Tartu_pedagoogiumi_aruanded, lk 22
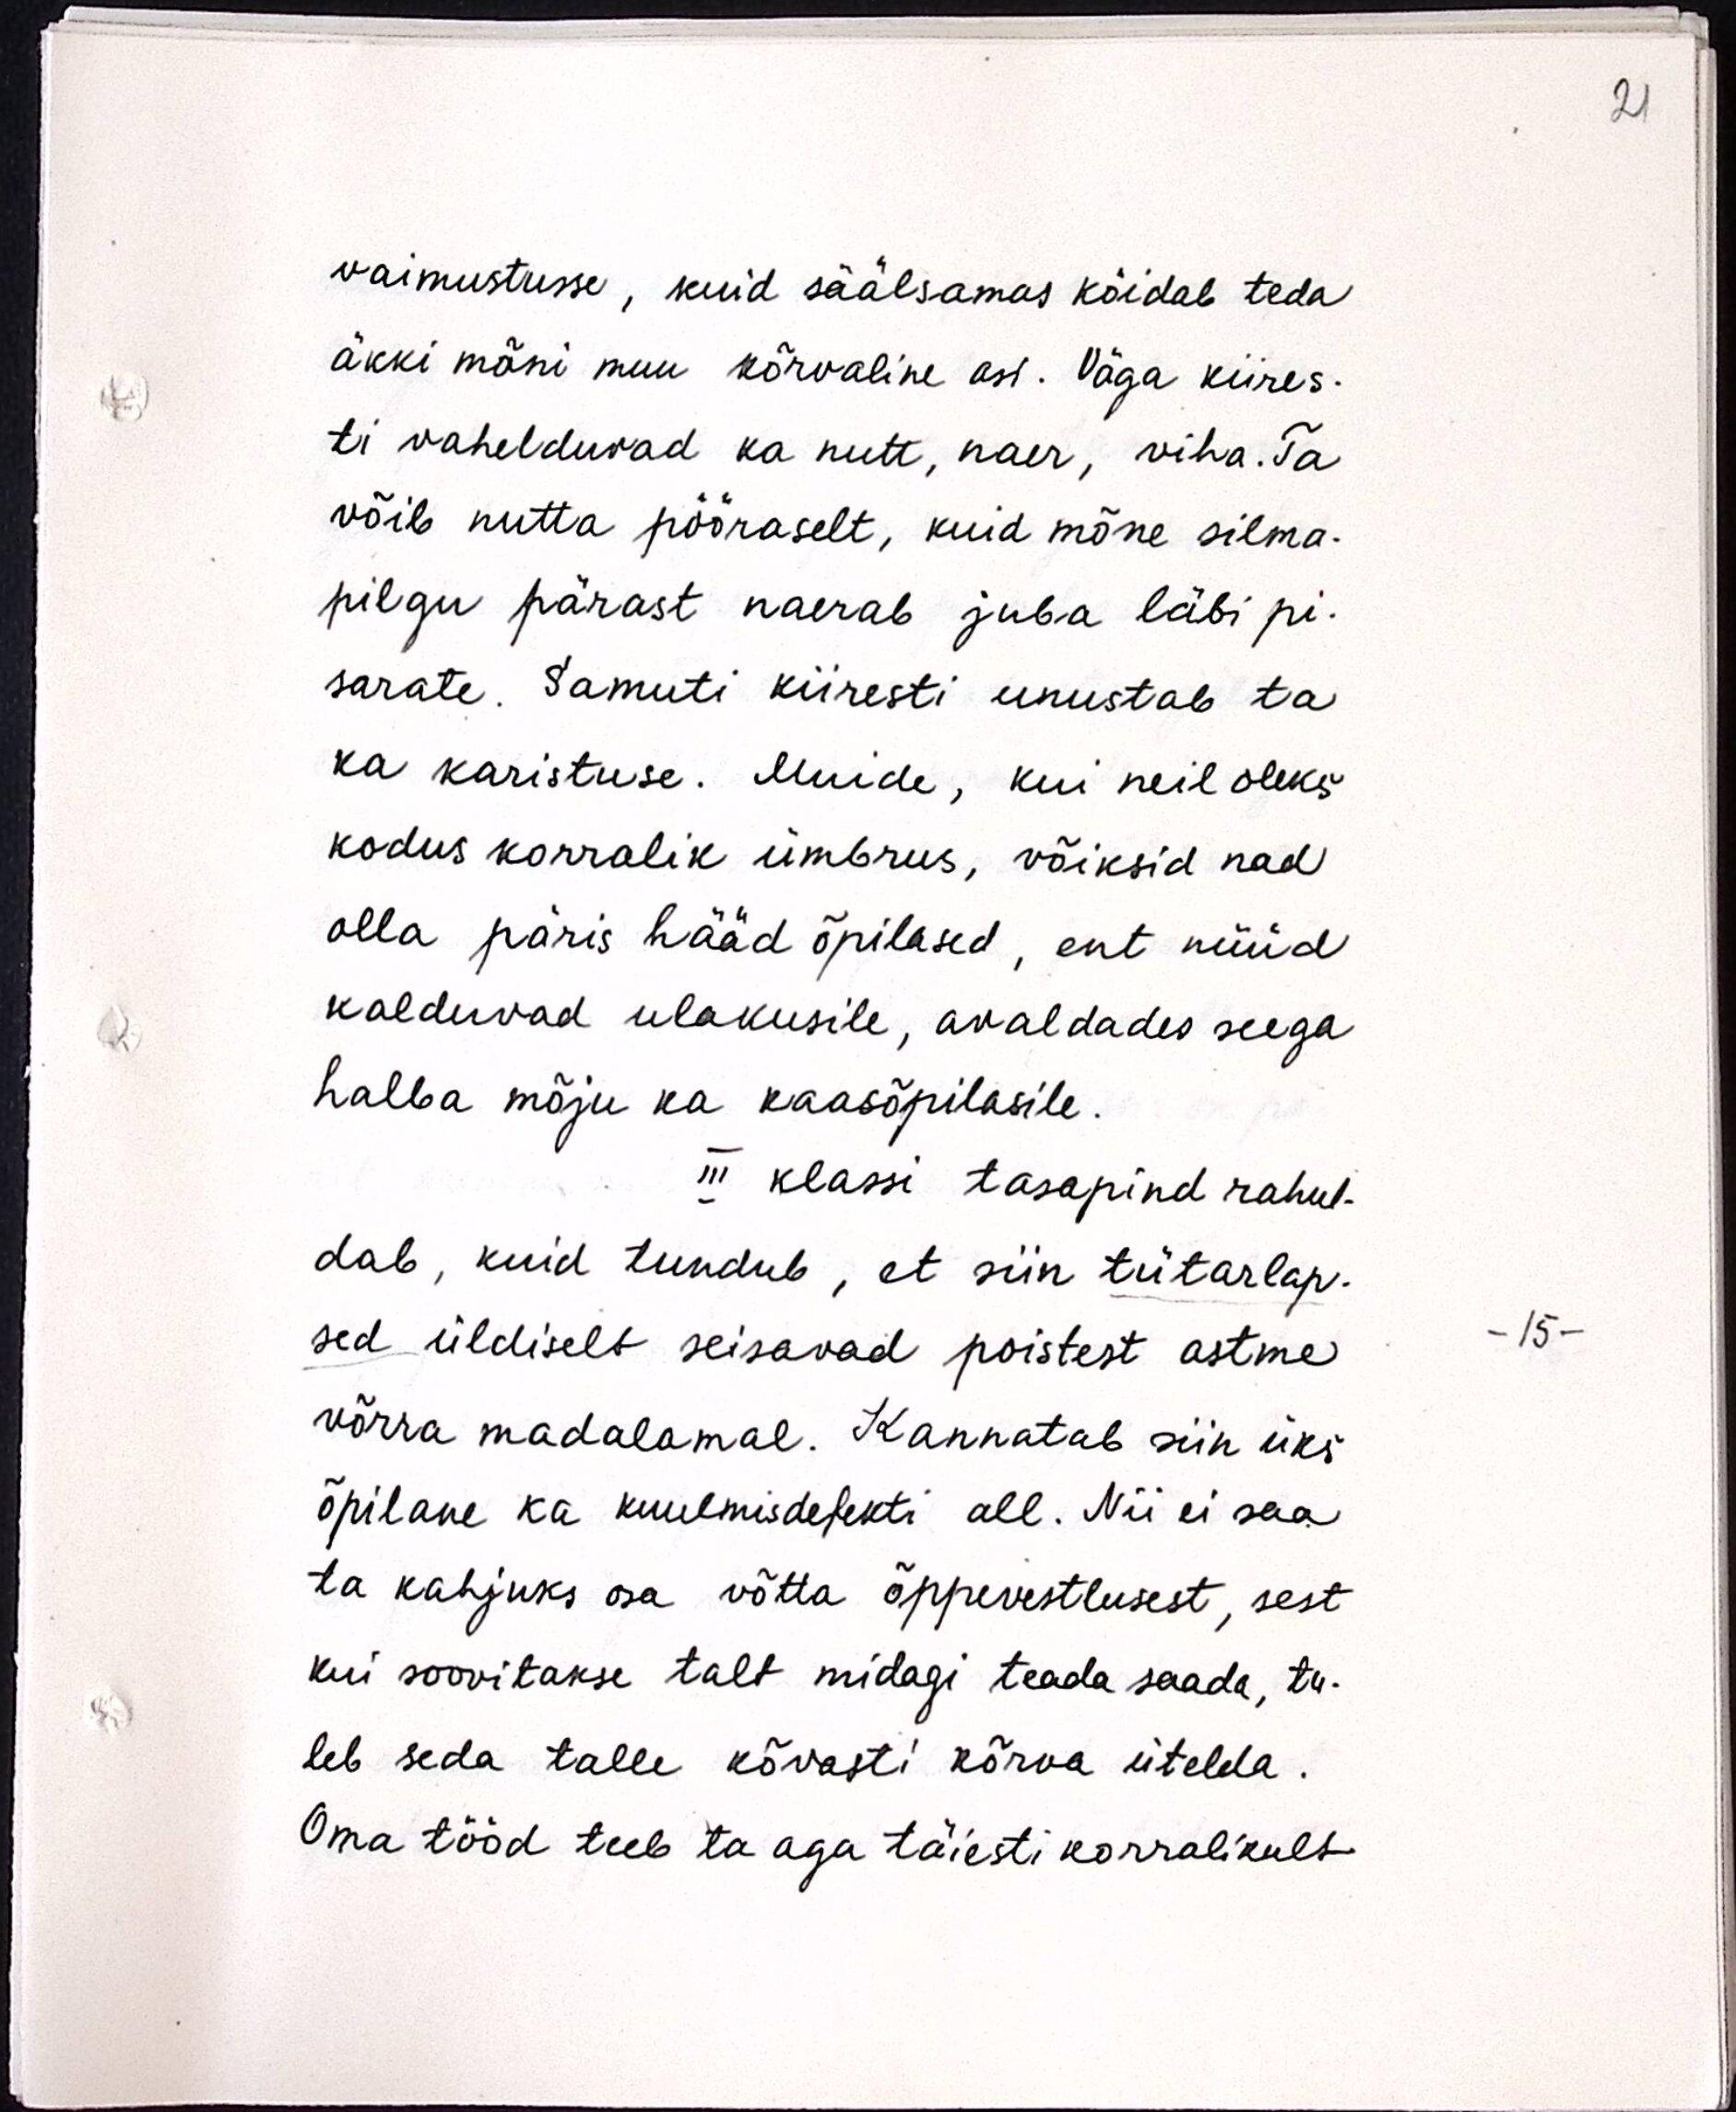
vaimustusse, kuid säälsamas köidab teda
äkki mõni muu kõrvaline asi. Väga kiires-
ti vahelduvad ka nutt, naer, viha. Ta
võib nutta pööraselt, kuid mõne silma-
pilgu pärast naerab juba läbi pi-
sarate. Samuti kiiresti unustab ta
ka karistuse. Muide, kui neil oleks
kodus korralik ümbrus, võiksid nad
olla päris hääd õpilased, ent nüüd
kalduvad ulakusile, avaldades seega
halba mõju ka kaasõpilasile.
III klassi tasapind rahul-
dab, kuid tundub, et siin tütarlap-
sed üldiselt seisavad poistest astme
võrra madalamal. Kannatab siin üks
õpilane ka kuulmisdefekti all. Nii ei saa
ta kahjuks osa võtta õppevestlusest, sest
kui soovitakse talt midagi teada saada, tu-
leb seda talle kõvasti kõrva ütelda.
Oma tööd teeb ta aga täiesti korralikult